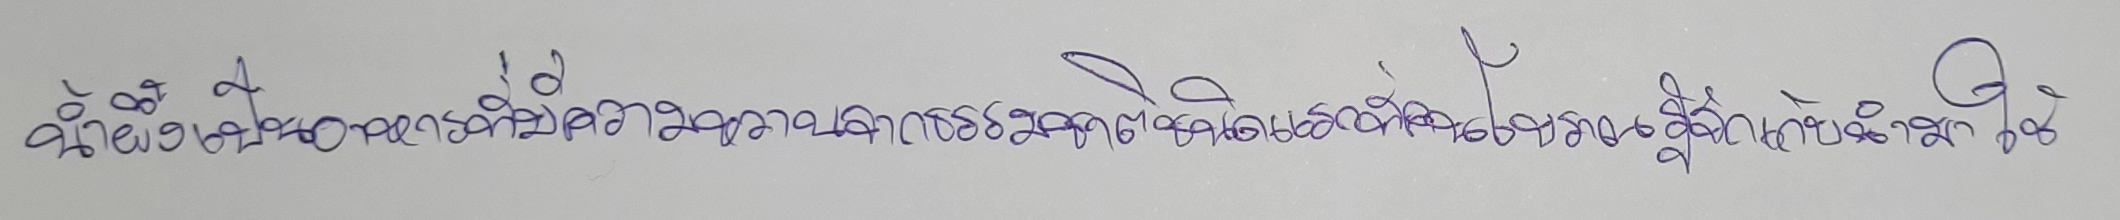
น้ำผึ้งเป็นอาหารที่มีความหวานจากธรรมชาติชนิดแรกที่คนโบราณรู้จักเก็บนำมาใช้